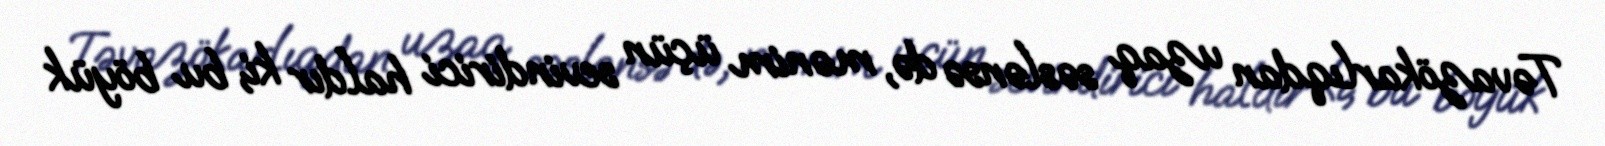
Təvazökarlıqdan uzaq səslənsə də, mənim üçün sevindirici haldır ki, bu böyük